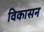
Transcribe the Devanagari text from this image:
विकासन